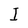
Character: I